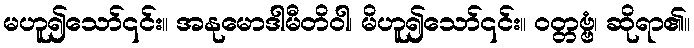
မဟူ၍သော်၎င်း။ အနုမောဒါမီတိဝါ၊ မိဟူ၍သော်၎င်း။ ဝတ္တဗ္ဗံ၊ ဆိုရာ၏။